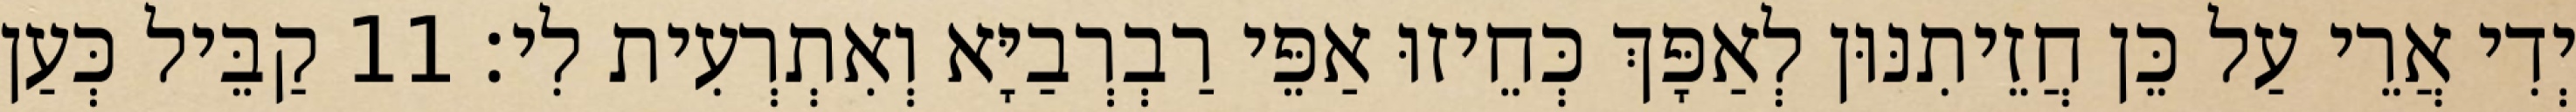
יְדִי אֲרֵי עַל כֵּן חֲזֵיתִנּוּן לְאַפָּךְ כְּחֵיזוּ אַפֵּי רַבְרְבַיָּא וְאִתְרְעִית לִי׃ 11 קַבֵּיל כְּעַן